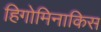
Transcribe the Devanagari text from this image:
हिगोमिनाकिस